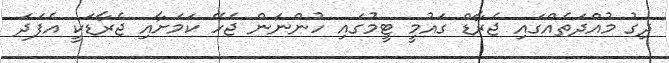
ދިގު މުއްދަތެއްގައި ޖެރާޑް ގައުމީ ޓީމުގައި ހުންނަން ޖެހޭ ކަމަށާއި ޖެރާޑަކީ އެފަދަ